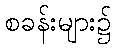
စခန်းများ၌